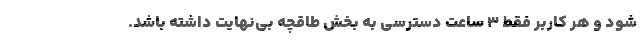
شود و هر کاربر فقط ۳ ساعت دسترسی به بخش طاقچه بی‌نهایت داشته باشد.